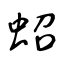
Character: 蛁